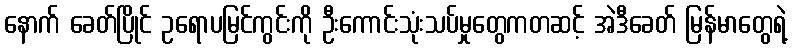
နောက် ခေတ်ပြိုင် ဥရောပမြင်ကွင်းကို ဦးကောင်းသုံးသပ်မှုတွေကတဆင့် အဲဒီခေတ် မြန်မာတွေရဲ့